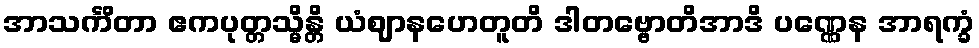
အာသင်္ကိတာ ဧကပုတ္တသ္မိန္တိ ယံဈာနဟေတူတိ ဒါတဗ္ဗောတိအာဒိ ပဏ္ဏေန အာရက္ခံ